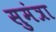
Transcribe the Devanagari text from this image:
सुमंत्रा